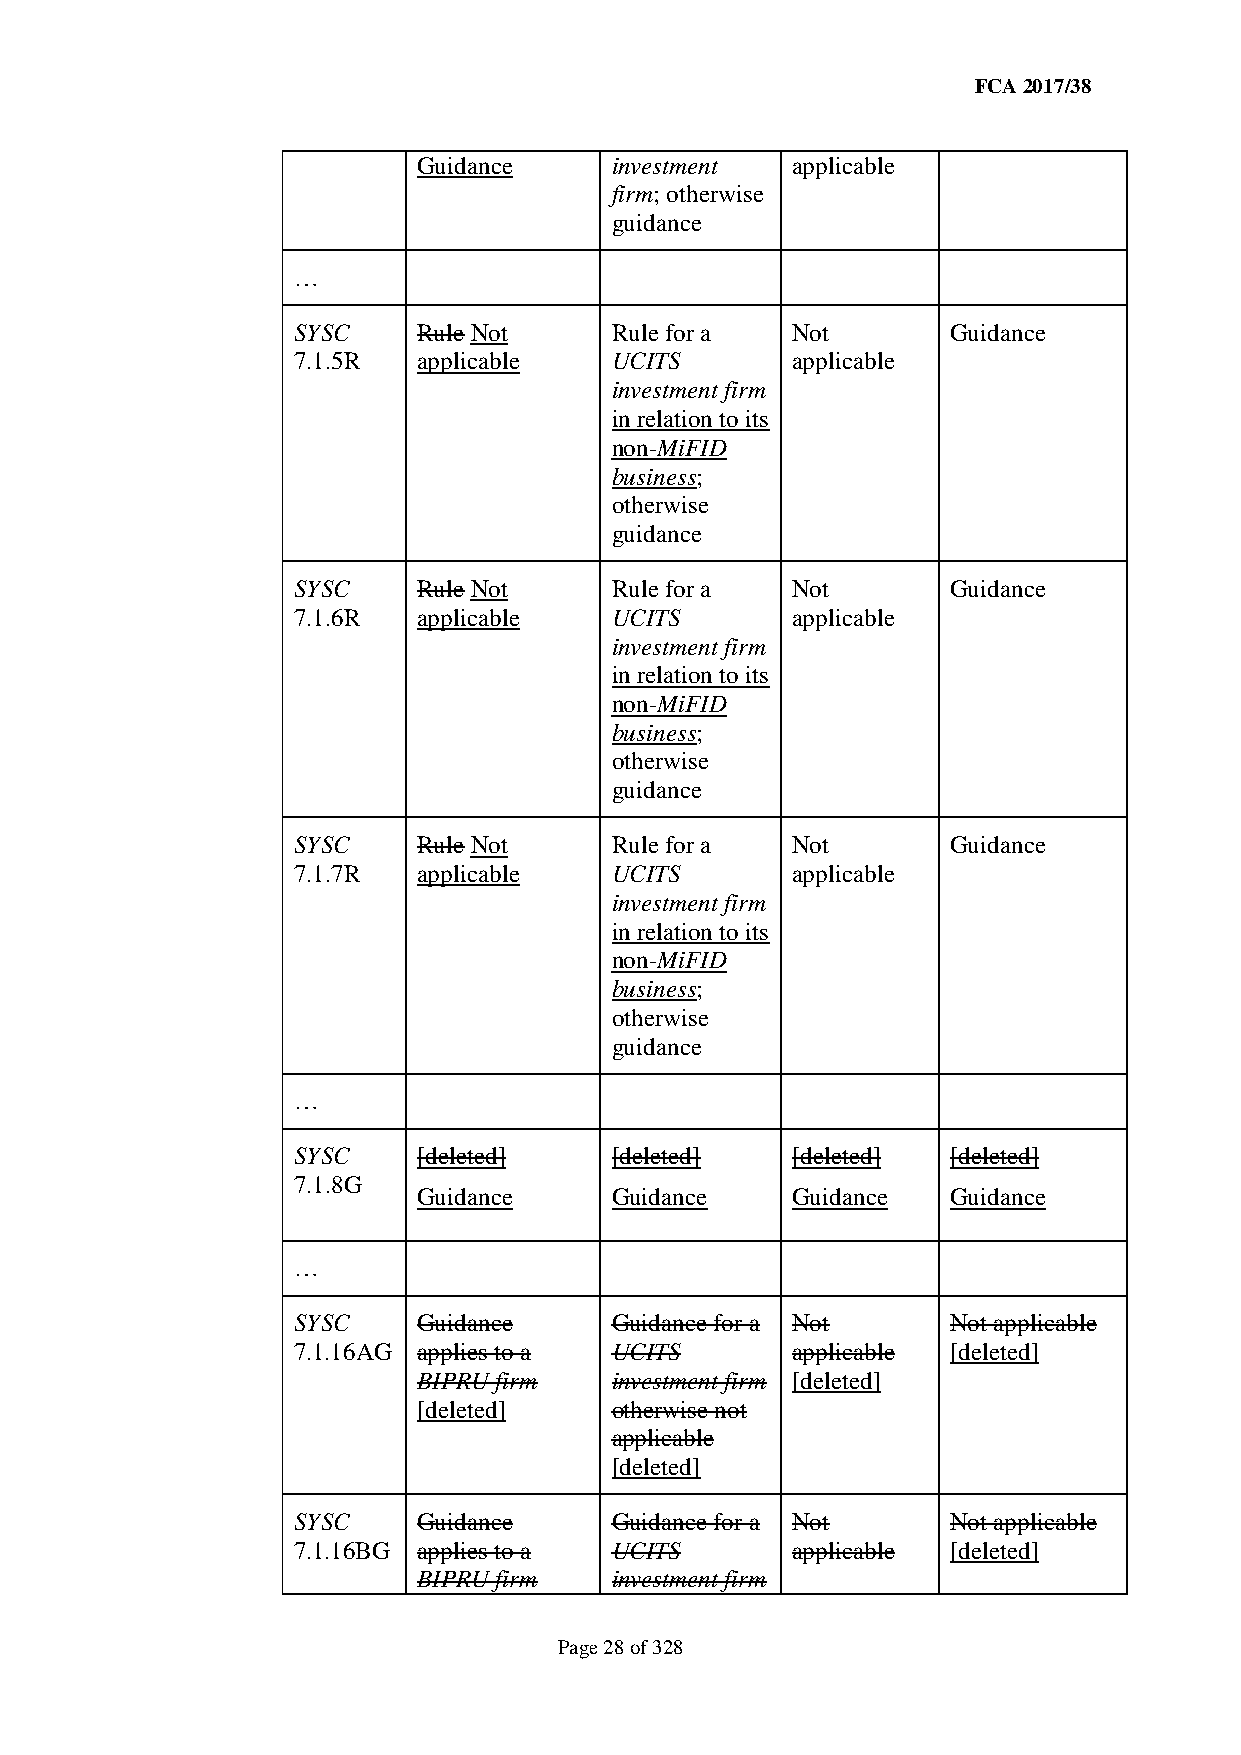
FCA 2017/38
 Guidance    investment  applicable
 firm; otherwise
 guidance
 …
 SYSC     Rule Not    Rule for a  Not        Guidance
 7.1.5R   applicable  UCITS       applicable
 investment firm
 in relation to its
 non-MiFID
 business;
 otherwise
 guidance
 SYSC     Rule Not    Rule for a  Not        Guidance
 7.1.6R   applicable  UCITS       applicable
 investment firm
 in relation to its
 non-MiFID
 business;
 otherwise
 guidance
 SYSC     Rule Not    Rule for a  Not        Guidance
 7.1.7R   applicable  UCITS       applicable
 investment firm
 in relation to its
 non-MiFID
 business;
 otherwise
 guidance
 …
 SYSC     [deleted]   [deleted]   [deleted]  [deleted]
 7.1.8G
 Guidance    Guidance    Guidance   Guidance
 …
 SYSC     Guidance    Guidance for a Not     Not applicable
 7.1.16AG applies to a UCITS      applicable [deleted]
 BIPRU firm  investment firm [deleted]
 [deleted]   otherwise not
 applicable
 [deleted]
 SYSC     Guidance    Guidance for a Not     Not applicable
 7.1.16BG applies to a UCITS      applicable [deleted]
 BIPRU firm  investment firm
 Page 28 of 328